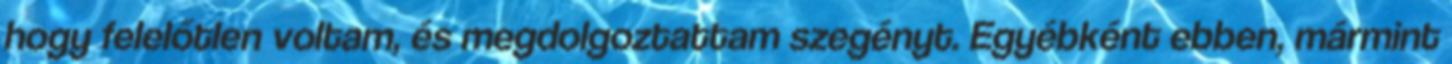
hogy felelőtlen voltam, és megdolgoztattam szegényt. Egyébként ebben, mármint